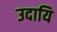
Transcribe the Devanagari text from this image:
उदायि